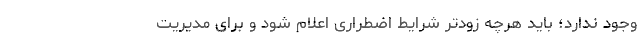
وجود ندارد؛ باید هرچه زودتر شرایط اضطراری اعلام شود و برای مدیریت